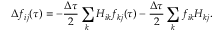
\Delta f _ { i j } ( \tau ) = - \frac { \Delta \tau } { 2 } \sum _ { k } H _ { i k } f _ { k j } ( \tau ) - \frac { \Delta \tau } { 2 } \sum _ { k } f _ { i k } H _ { k j } .